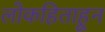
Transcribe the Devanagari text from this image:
लोकहिताहून